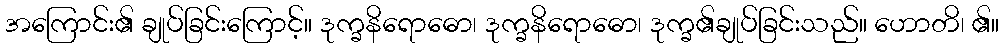
အကြောင်း၏ ချုပ်ခြင်းကြောင့်။ ဒုက္ခနိရောဓော၊ ဒုက္ခနိရောဓော၊ ဒုက္ခ၏ချုပ်ခြင်းသည်။ ဟောတိ၊ ၏။